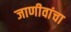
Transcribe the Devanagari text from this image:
जाणीवांचा